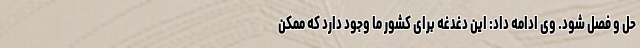
حل و فصل شود. وی ادامه داد: این دغدغه برای کشور ما وجود دارد که ممکن